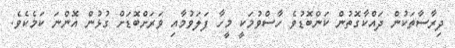
ދިރާސާތަކުން ދައްކާގޮތުން ކަންބޮޑުވެ ހާސްވުމަކީ މީހާ ފަލަވުމާއި ވަރަށްބޮޑަށް ގުޅުން އޮންނަ ކަމެކެވެ.